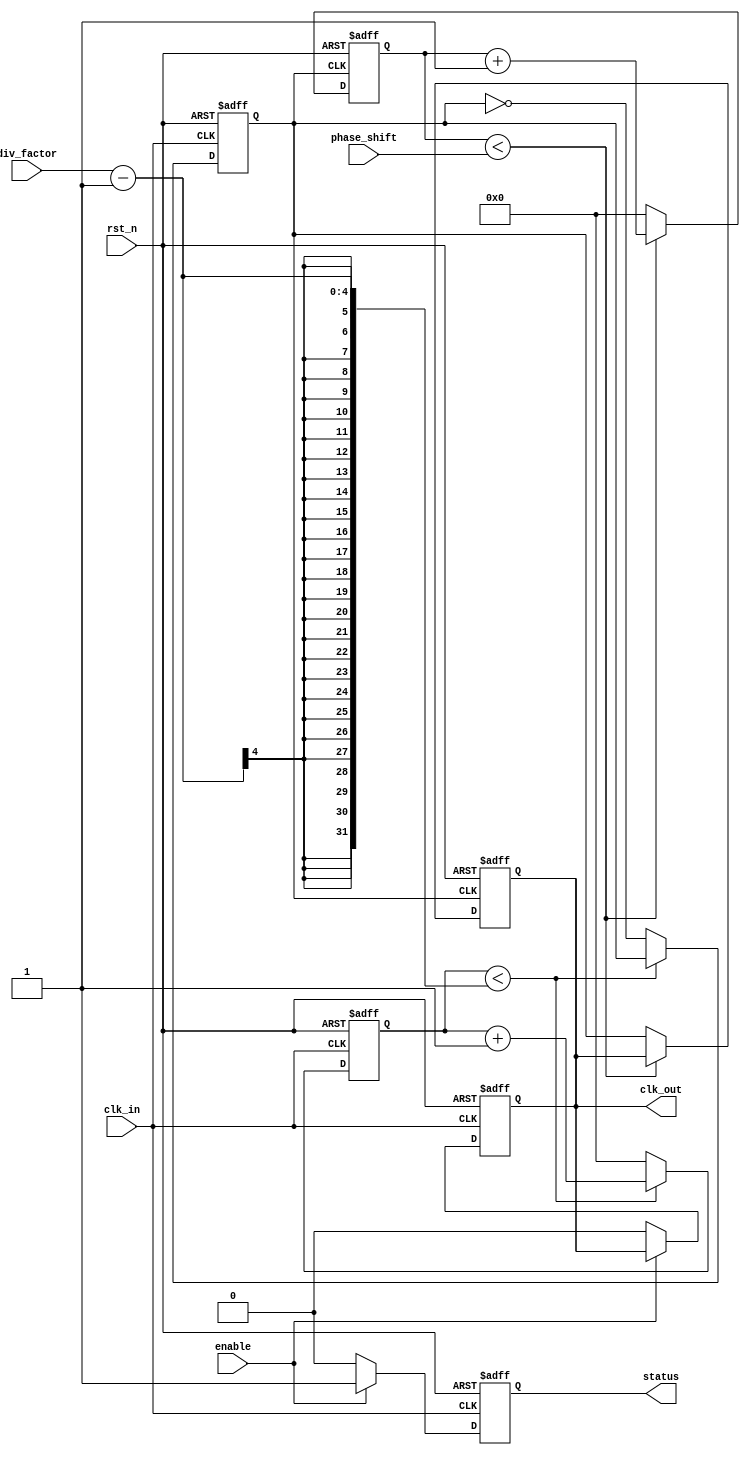
module ProgrammableClockBuffer (
    input wire clk_in,                // Input clock
    input wire rst_n,                 // Active low reset
    input wire [3:0] div_factor,      // Frequency division factor (1 to 16)
    input wire [3:0] phase_shift,     // Phase shift in clock cycles
    input wire enable,                 // Enable output clock
    output reg clk_out,               // Output clock
    output reg status                  // Status indicator
);

    reg [3:0] counter;                // Counter for frequency division
    reg [3:0] phase_counter;          // Counter for phase adjustment
    reg clk_div;                      // Divided clock signal

    // Frequency Division Logic
    always @(posedge clk_in or negedge rst_n) begin
        if (!rst_n) begin
            counter <= 0;
            clk_div <= 0;
        end else begin
            if (counter < div_factor - 1) begin
                counter <= counter + 1;
            end else begin
                clk_div <= ~clk_div;          // Toggle divided clock
                counter <= 0;                 // Reset counter
            end
        end
    end

    // Phase Shifting Logic
    always @(posedge clk_div or negedge rst_n) begin
        if (!rst_n) begin
            phase_counter <= 0;
            clk_out <= 0;
        end else begin
            if (phase_counter < phase_shift) begin
                phase_counter <= phase_counter + 1;
            end else begin
                clk_out <= clk_div;           // Output clock with phase shift
                phase_counter <= 0;           // Reset phase counter
            end
        end
    end

    // Enable/Disable Control
    always @(posedge clk_in or negedge rst_n) begin
        if (!rst_n) begin
            clk_out <= 0;                 // Reset output clock
            status <= 0;                  // Status low (disabled)
        end else begin
            if (enable) begin
                status <= 1;               // Update status to enabled
            end else begin
                clk_out <= 0;              // Disable output clock
                status <= 0;                // Update status to disabled
            end
        end
    end

endmodule